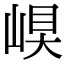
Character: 𡹊